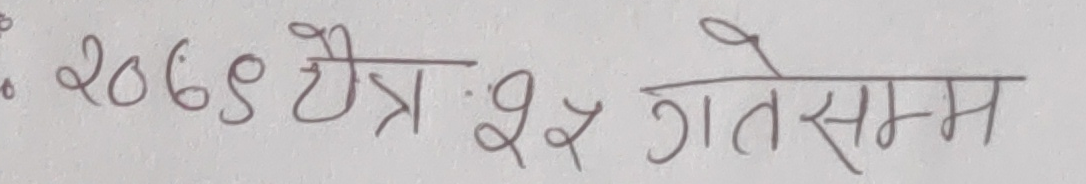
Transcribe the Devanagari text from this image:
२०६९ चैत्र २२ गतेसम्म